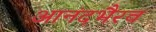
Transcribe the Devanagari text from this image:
आनंदभैरव